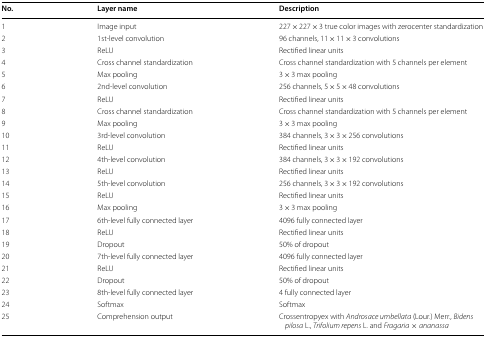
<table><thead><tr><td><b>No.</b></td><td><b>Layer name</b></td><td><b>Description</b></td></tr></thead><tbody><tr><td>1</td><td>Image input</td><td>227 × 227 × 3 true color images with zerocenter standardization</td></tr><tr><td>2</td><td>1st-level convolution</td><td>96 channels, 11 × 11 × 3 convolutions</td></tr><tr><td>3</td><td>ReLU</td><td>Rectified linear units</td></tr><tr><td>4</td><td>Cross channel standardization</td><td>Cross channel standardization with 5 channels per element</td></tr><tr><td>5</td><td>Max pooling</td><td>3 × 3 max pooling</td></tr><tr><td>6</td><td>2nd-level convolution</td><td>256 channels, 5 × 5 × 48 convolutions</td></tr><tr><td>7</td><td>ReLU</td><td>Rectified linear units</td></tr><tr><td>8</td><td>Cross channel standardization</td><td>Cross channel standardization with 5 channels per element</td></tr><tr><td>9</td><td>Max pooling</td><td>3 × 3 max pooling</td></tr><tr><td>10</td><td>3rd-level convolution</td><td>384 channels, 3 × 3 × 256 convolutions</td></tr><tr><td>11</td><td>ReLU</td><td>Rectified linear units</td></tr><tr><td>12</td><td>4th-level convolution</td><td>384 channels, 3 × 3 × 192 convolutions</td></tr><tr><td>13</td><td>ReLU</td><td>Rectified linear units</td></tr><tr><td>14</td><td>5th-level convolution</td><td>256 channels, 3 × 3 × 192 convolutions</td></tr><tr><td>15</td><td>ReLU</td><td>Rectified linear units</td></tr><tr><td>16</td><td>Max pooling</td><td>3 × 3 max pooling</td></tr><tr><td>17</td><td>6th-level fully connected layer</td><td>4096 fully connected layer</td></tr><tr><td>18</td><td>ReLU</td><td>Rectified linear units</td></tr><tr><td>19</td><td>Dropout</td><td>50% of dropout</td></tr><tr><td>20</td><td>7th-level fully connected layer</td><td>4096 fully connected layer</td></tr><tr><td>21</td><td>ReLU</td><td>Rectified linear units</td></tr><tr><td>22</td><td>Dropout</td><td>50% of dropout</td></tr><tr><td>23</td><td>8th-level fully connected layer</td><td>4 fully connected layer</td></tr><tr><td>24</td><td>Softmax</td><td>Softmax</td></tr><tr><td>25</td><td>Comprehension output</td><td>Crossentropyex with <i>Androsace umbellata</i> (Lour.) Merr., <i>Bidens pilosa</i> L., <i>Trifolium repens</i> L. and <i>Fragaria</i> × <i>ananassa</i></td></tr></tbody></table>